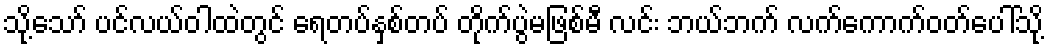
သို့သော် ပင်လယ်ဝါထဲတွင် ရေတပ်နှစ်တပ် တိုက်ပွဲမဖြစ်မီ လင်း ဘယ်ဘက် လက်ကောက်ဝတ်ပေါ်သို့